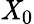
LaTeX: \mathit{X}_{0}